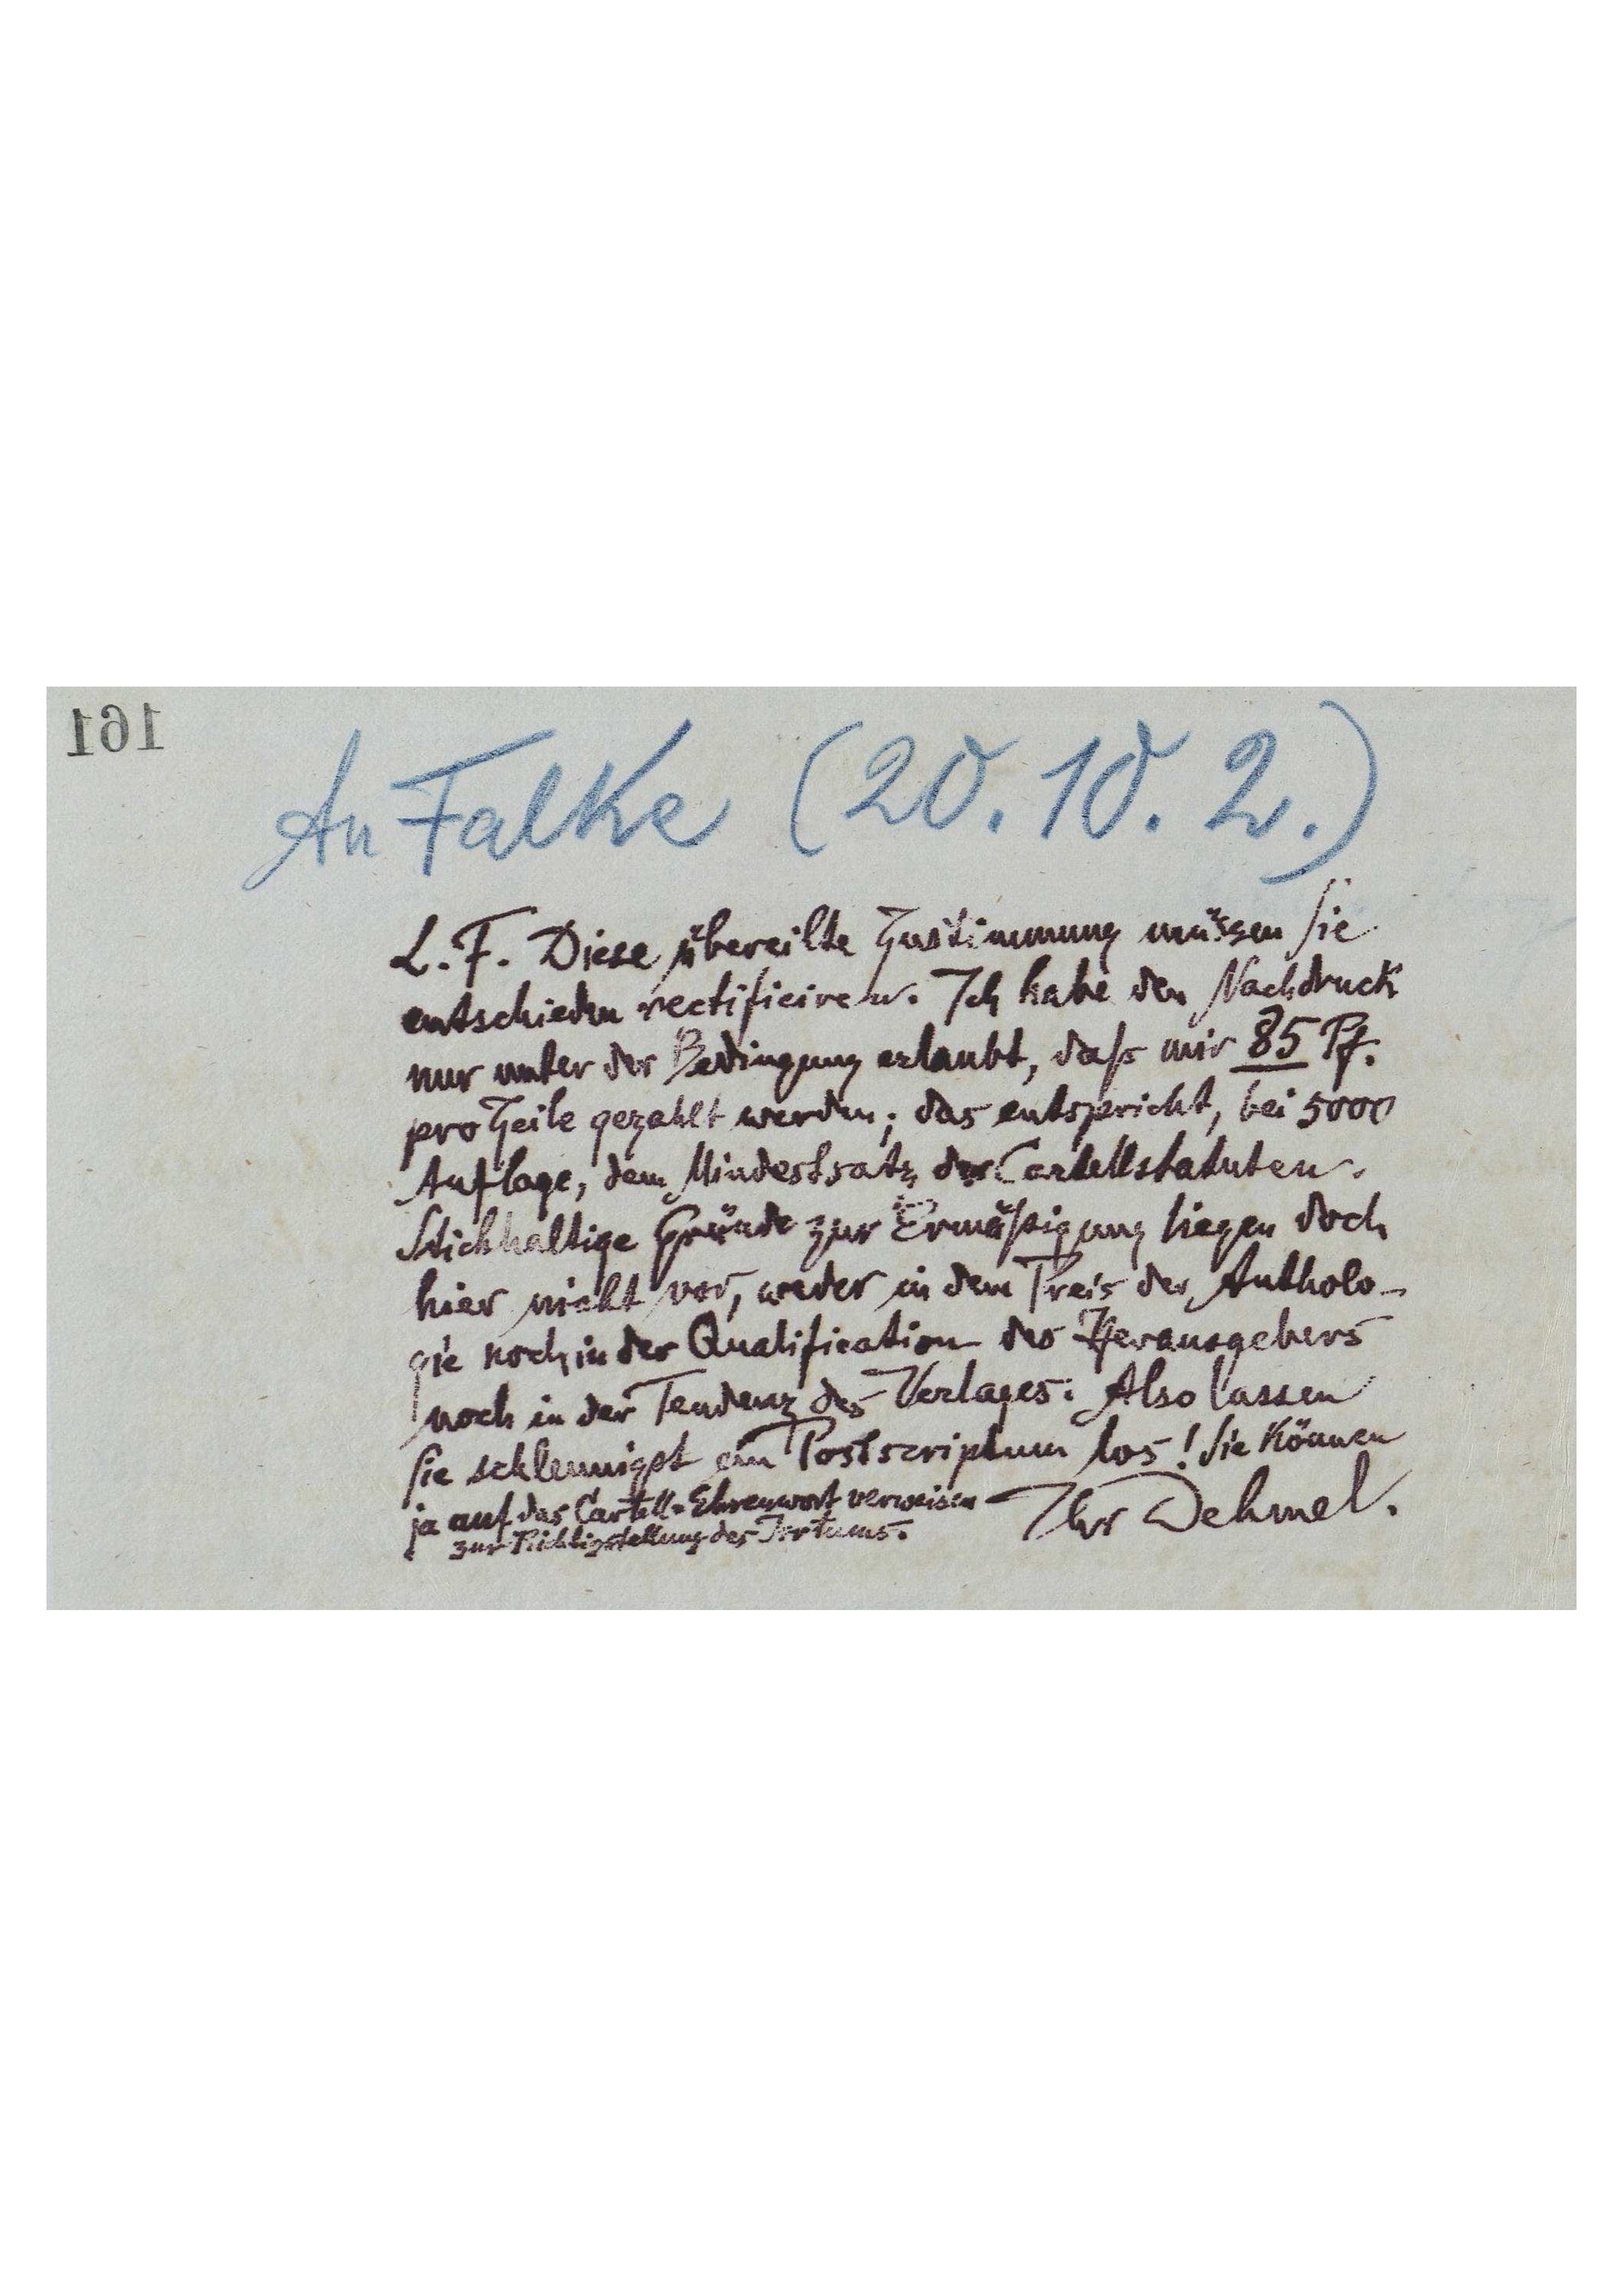
161

An Falke (20.10.2.)
L.F. Diese übereilte Zustimmung müssen Sie
entschieden rectificieren. Ich habe den Nachdruck
nur unter der Bedingung erlaubt, daß mir 85 Pf.
pro Zeile gezahlt werden; das entspricht, bei 5000
Auflage, dem Mindestsatz der Cartellstatuten.
Stichhaltige Gründe zur Ermäßigung liegen doch
hier nicht vor, weder in dem Preis der Antholo-
gie noch in der Qualification des Herausgebers
noch in der Tendenz des Verlages. Also lassen
Sie schleunigst ein Postscriptum los! Sie können
ja auf das Cartell-Ehrenwort verweisen
zur Richtigstellung des Irrtums.
Ihr Dehmel.